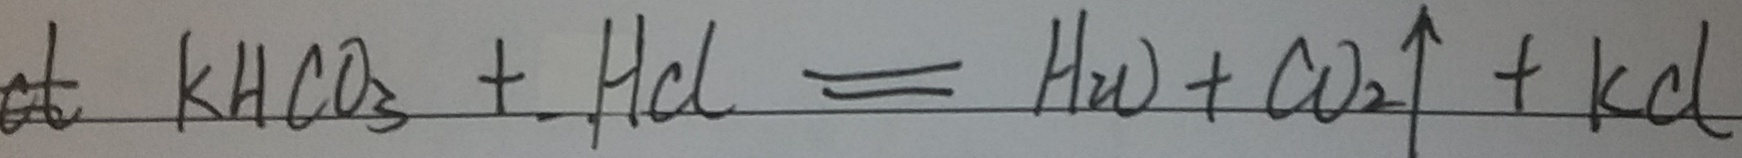
K H C O _ { 3 } + H C l \rightarrow C O _ { 2 } \uparrow + k C l